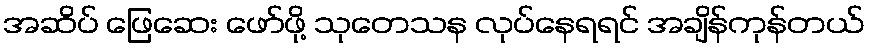
အဆိပ် ဖြေဆေး ဖော်ဖို့ သုတေသန လုပ်နေရရင် အချိန်ကုန်တယ်